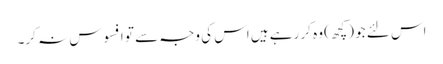
اس لئے جو (کچھ) وہ کر رہے ہیں اس کی وجہ سے تو افسوس نہ کر۔